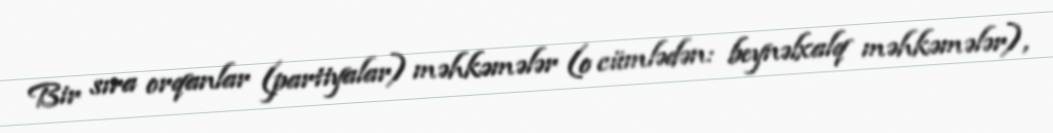
Bir sıra orqanlar (partiyalar) məhkəmələr (o cümlədən: beynəlxalq məhkəmələr),